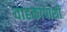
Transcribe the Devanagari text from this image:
वाहकांपाशी